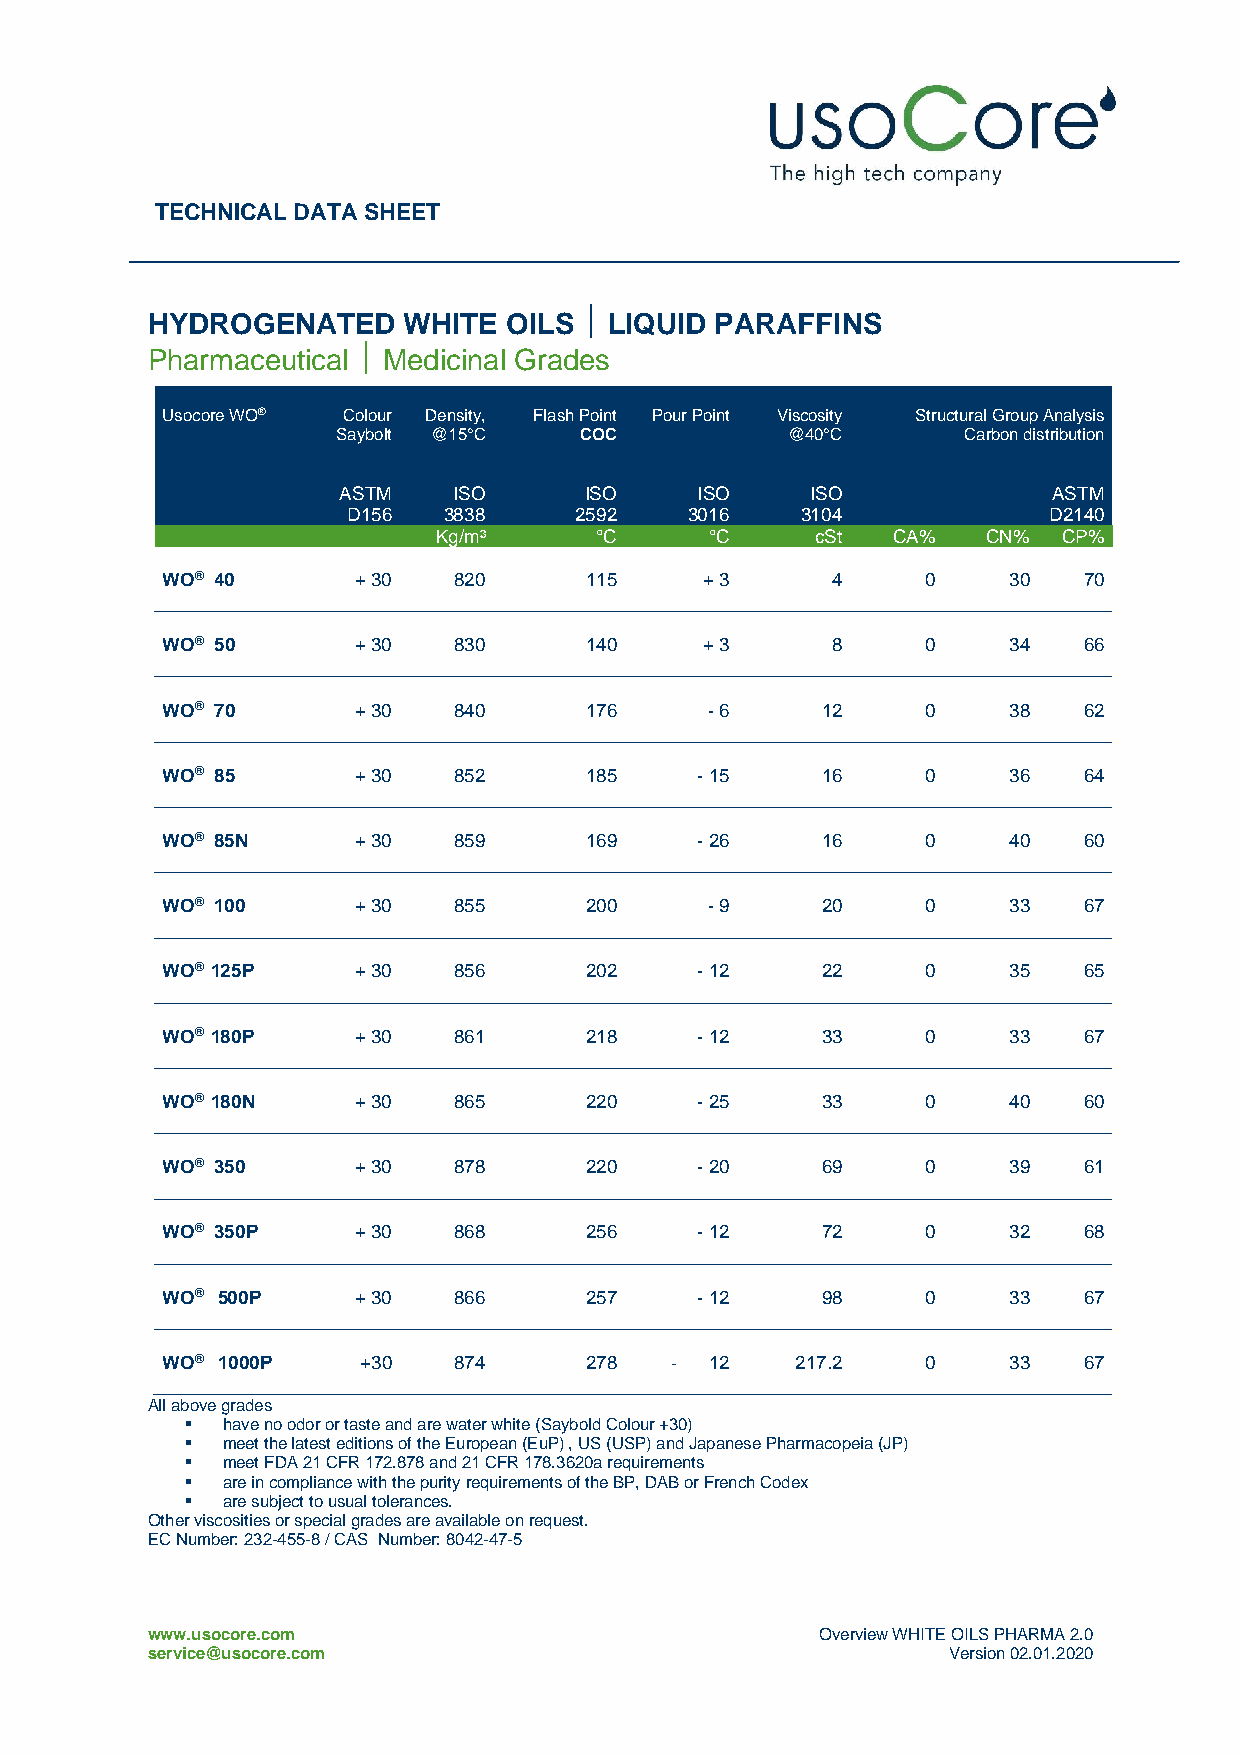
TECHNICAL DATA SHEET
 HYDROGENATED     WHITE OILS   LIQUID PARAFFINS
 Pharmaceutical  Medicinal Grades
 Usocore WO® Colour Density, Flash Point Pour Point Viscosity Structural Group Analysis
 Saybolt @15°C   COC           @40°C       Carbon distribution
 ASTM    ISO      ISO    ISO     ISO             ASTM
 D156  3838     2592    3016   3104            D2140
 Kg/m³     °C      °C     cSt  CA%   CN%  CP%
 WO® 40      + 30   820      115     + 3     4     0     30   70
 WO® 50      + 30   830      140     + 3     8     0     34   66
 WO® 70      + 30   840      176     - 6    12     0     38   62
 WO® 85      + 30   852      185    - 15    16     0     36   64
 WO® 85N     + 30   859      169    - 26    16     0     40   60
 WO® 100     + 30   855      200     - 9    20     0     33   67
 WO® 125P    + 30   856      202    - 12    22     0     35   65
 WO® 180P    + 30   861      218    - 12    33     0     33   67
 WO® 180N    + 30   865      220    - 25    33     0     40   60
 WO® 350     + 30   878      220    - 20    69     0     39   61
 WO® 350P    + 30   868      256    - 12    72     0     32   68
 WO® 500P    + 30   866      257    - 12    98     0     33   67
 WO® 1000P    +30   874      278  -  12    217.2   0     33   67
 All above grades
 ▪  have no odor or taste and are water white (Saybold Colour +30)
 ▪  meet the latest editions of the European (EuP) , US (USP) and Japanese Pharmacopeia (JP)
 ▪  meet FDA 21 CFR 172.878 and 21 CFR 178.3620a requirements
 ▪  are in compliance with the purity requirements of the BP, DAB or French Codex
 ▪  are subject to usual tolerances.
 Other viscosities or special grades are available on request.
 EC Number: 232-455-8 / CAS Number: 8042-47-5
 www.usocore.com                             Overview WHITE OILS PHARMA 2.0
 service@usocore.com                                  Version 02.01.2020